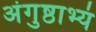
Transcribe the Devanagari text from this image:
अंगुष्ठाभ्यं